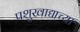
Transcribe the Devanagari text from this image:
पशुखाद्याच्या